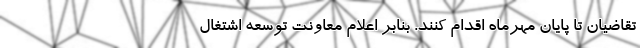
تقاضیان تا پایان مهرماه اقدام کنند. بنابر اعلام معاونت توسعه اشتغال